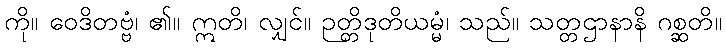
ကို။ ဝေဒိတဗ္ဗံ၊ ၏။ ဣတိ၊ လျှင်။ ဉတ္တိဒုတိယမ္မံ၊ သည်။ သတ္တဌာနာနိ ဂစ္ဆတိ။